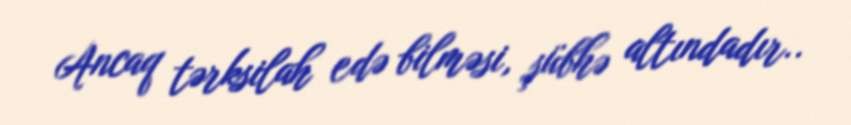
Ancaq tərksilah edə bilməsi, şübhə altındadır..